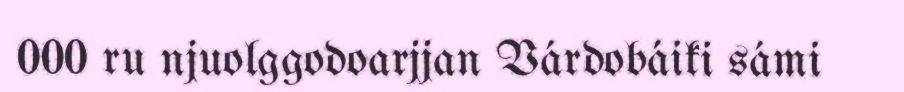
000 ru njuolggodoarjjan Várdobáiki sámi